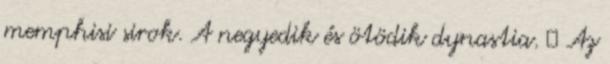
memphisi sirok. A negyedik és ötödik dynastia.  Az